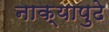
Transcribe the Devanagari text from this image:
नाक्‍यापुढे